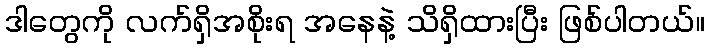
ဒါတွေကို လက်ရှိအစိုးရ အနေနဲ့ သိရှိထားပြီး ဖြစ်ပါတယ်။